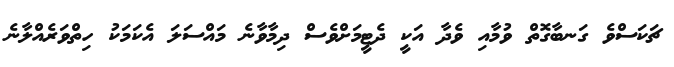
ޗަކަސްވެ ގަނބާގޮތް ވުމާއި ވެދާ އަކީ ދެޓީމަށްވެސް ދިމާވާނެ މައްސަލަ އެކަމަކު ހިތްވަރެއްލާނެ